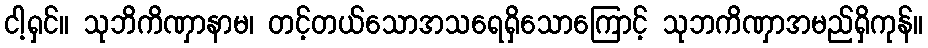
ငါ့ရှင်။ သုဘိကိဏှာနာမ၊ တင့်တယ်သောအသရေရှိသောကြောင့် သုဘကိဏှာအမည်ရှိကုန်။